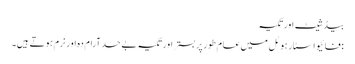
بیڈ شیٹ اور تکیہ
: فائیو اسٹار ہوٹل میں عام طور پر بستر اور تکیہ بے حد آرام دہ اور نرم ہوتے ہیں۔